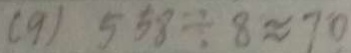
( 9 ) 5 5 8 \div 8 \approx 7 0